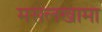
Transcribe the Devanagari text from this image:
मसलखामा